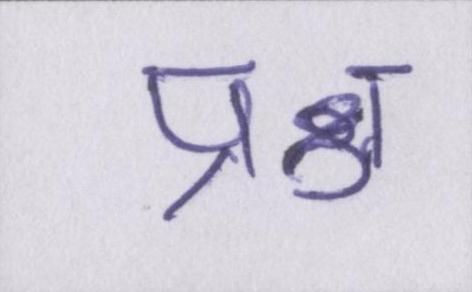
प्रश्न